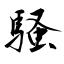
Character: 騒